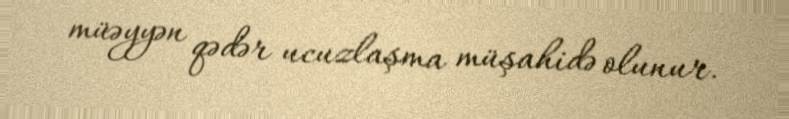
müəyyən qədər ucuzlaşma müşahidə olunur.